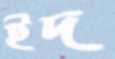
ইদ